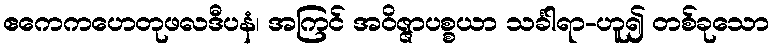
ဧကေကဟေတုဖလဒီပနံ၊ အကြင် အဝိဇ္ဇာပစ္စယာ သင်္ခါရာ-ဟူ၍ တစ်ခုသော